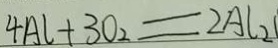
4 A l + 3 O _ { 2 } = 2 A l _ { 2 }